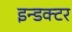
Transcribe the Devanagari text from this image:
इन्डक्टर